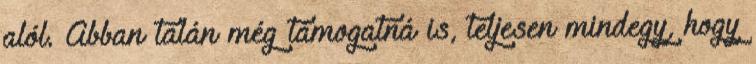
alól. Abban talán még támogatná is, teljesen mindegy, hogy